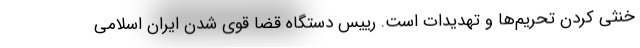
خنثی کردن تحریم‌ها و تهدیدات است. رییس دستگاه قضا قوی شدن ایران اسلامی